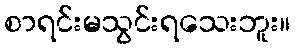
စာရင်းမသွင်းရသေးဘူး။